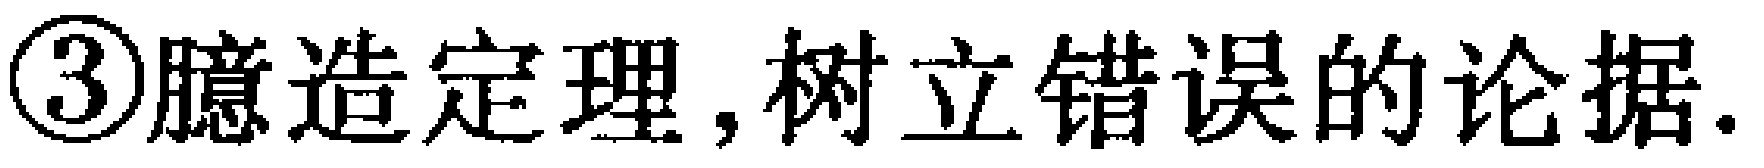
\textcircled{3}臆造定理, 树立错误的论据.